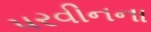
પરવીનના